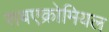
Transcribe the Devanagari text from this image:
सबएक्रोमियल